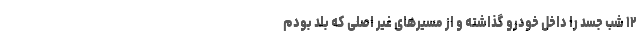
۱۲ شب جسد را داخل خودرو گذاشته و از مسیر‌های غیر اصلی که بلد بودم